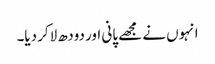
انہوں نے مجھے پانی اور دودھ لاکر دیا۔